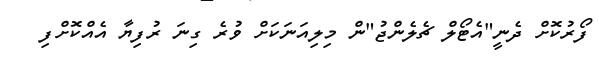
ފޯރުކޮށް ދެނީ"އެޓޯލް ޗެލެންޖު"ން މިލިއަނަކަށް ވުރެ ގިނަ ރުފިޔާ އެއްކޮށްފި